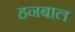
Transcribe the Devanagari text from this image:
हनबाल